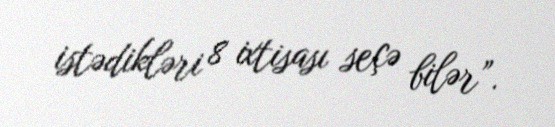
istədikləri 8 ixtisası seçə bilər”.